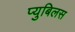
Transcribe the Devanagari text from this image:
प्युबिलस